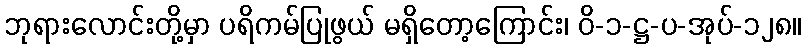
ဘုရားလောင်းတို့မှာ ပရိကမ်ပြုဖွယ် မရှိတော့ကြောင်း၊ ဝိ-၁-ဋ္ဌ-ပ-အုပ်-၁၂၈။